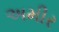
અમીર